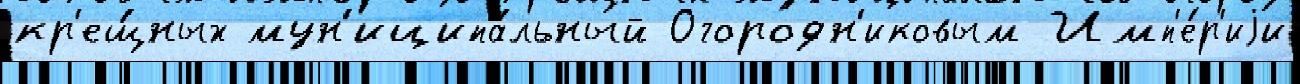
кр'ещ́ных мун'иципа́льный Огородн'иковым Имп'е́р'иjи